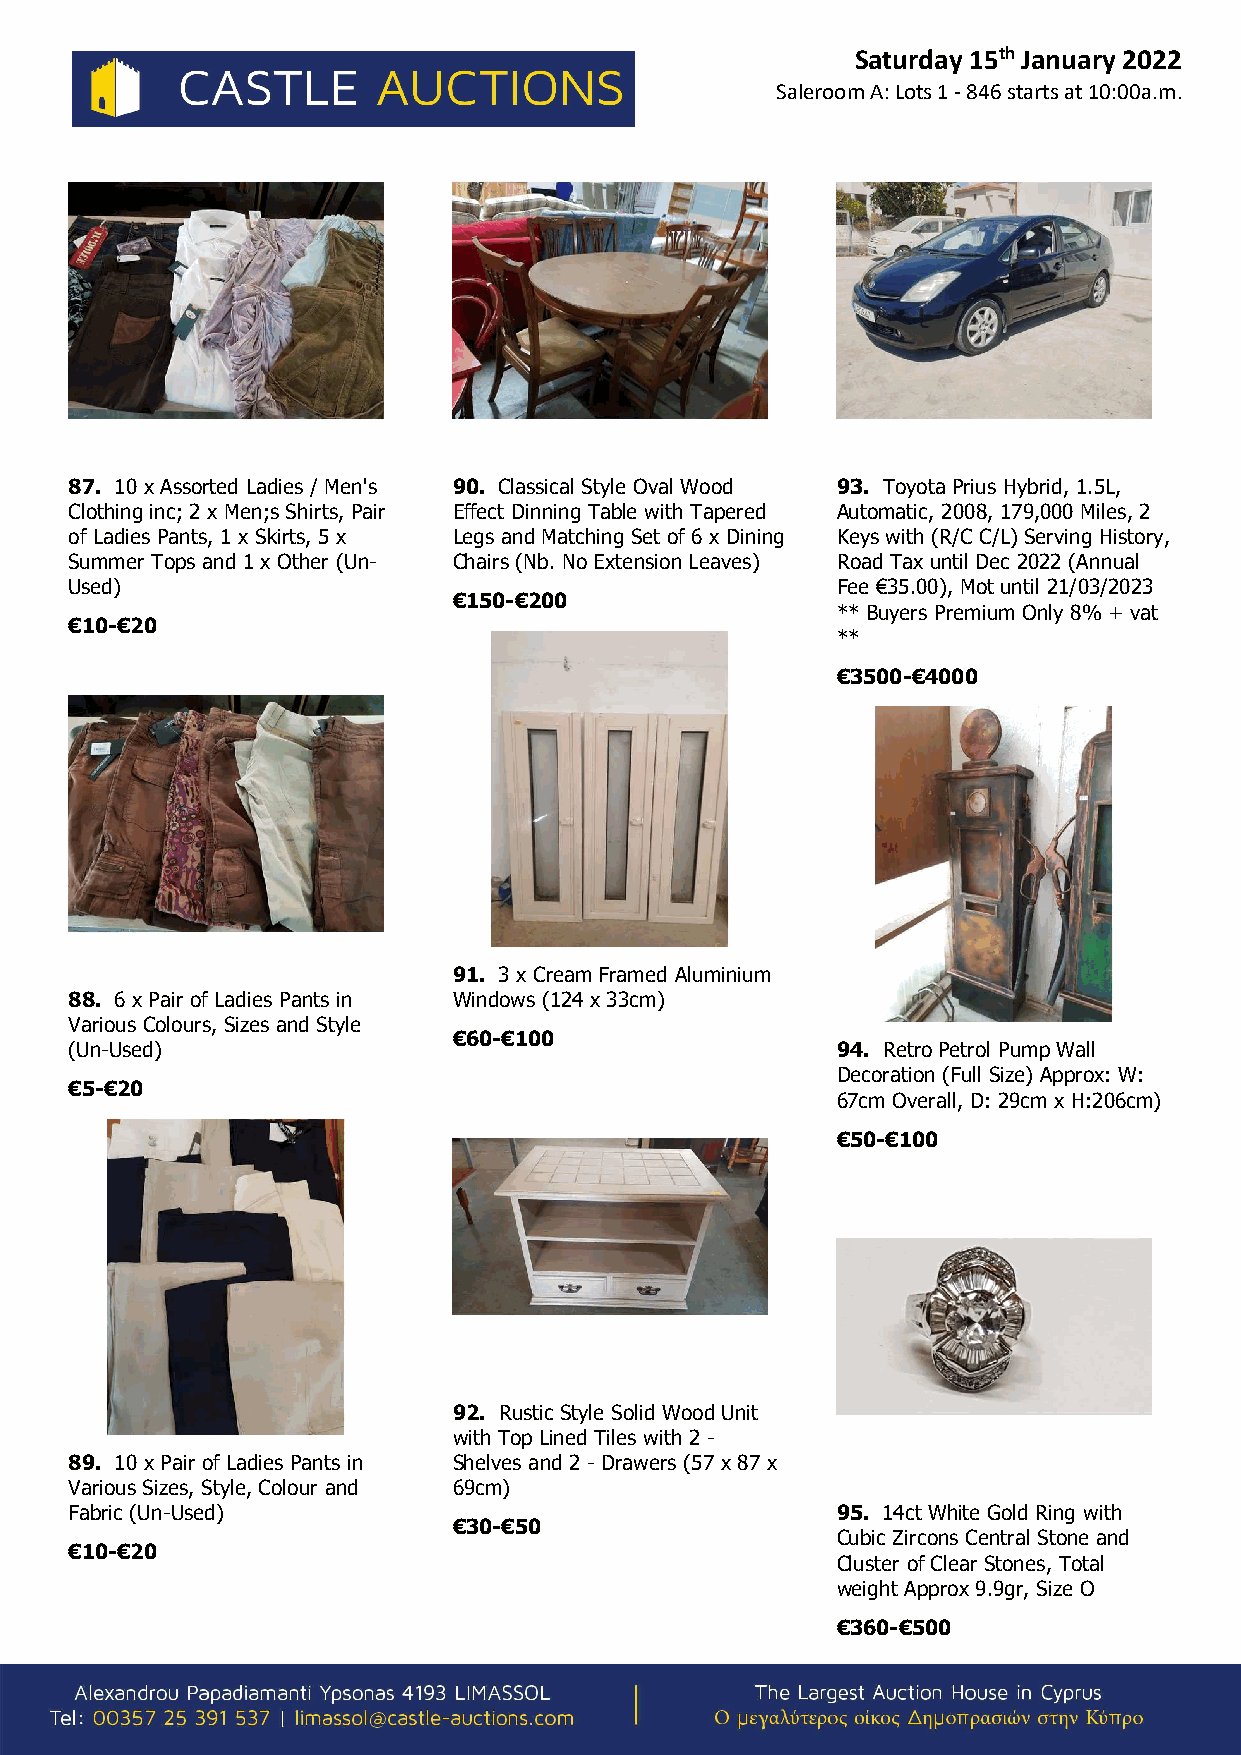
Saturday 15th January 2022
 Saleroom A: Lots 1 - 846 starts at 10:00a.m.
 87. 10 x Assorted Ladies / Men's 90. Classical Style Oval Wood 93. Toyota Prius Hybrid, 1.5L,
 Clothing inc; 2 x Men;s Shirts, Pair Effect Dinning Table with Tapered Automatic, 2008, 179,000 Miles, 2
 of Ladies Pants, 1 x Skirts, 5 x Legs and Matching Set of 6 x Dining Keys with (R/C C/L) Serving History,
 Summer Tops and 1 x Other (Un- Chairs (Nb. No Extension Leaves) Road Tax until Dec 2022 (Annual
 Used)                                             Fee €35.00), Mot until 21/03/2023
 €150-€200
 ** Buyers Premium Only 8% + vat
 €10-€20
 **
 €3500-€4000
 91. 3 x Cream Framed Aluminium
 88. 6 x Pair of Ladies Pants in Windows (124 x 33cm)
 Various Colours, Sizes and Style
 €60-€100
 (Un-Used)                                         94. Retro Petrol Pump Wall
 Decoration (Full Size) Approx: W:
 €5-€20
 67cm Overall, D: 29cm x H:206cm)
 €50-€100
 92. Rustic Style Solid Wood Unit
 with Top Lined Tiles with 2 -
 89. 10 x Pair of Ladies Pants in Shelves and 2 - Drawers (57 x 87 x
 Various Sizes, Style, Colour and 69cm)
 Fabric (Un-Used)                                  95. 14ct White Gold Ring with
 €30-€50
 Cubic Zircons Central Stone and
 €10-€20
 Cluster of Clear Stones, Total
 weight Approx 9.9gr, Size O
 €360-€500